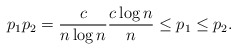
\begin{align*}p_1 p_2 = \frac{c}{n \log n} \frac{c\log n}{n} \leq p_1 \leq p_2.\end{align*}